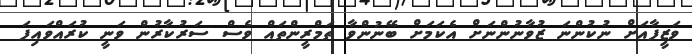
ވަޒީފާއަށް ނުކުންނަ ޒުވާނުންނަށް އެކަމަށް ބޭނުންވާ ތަމްރީންތައް ވެސް ސަރުކާރުން ވަނީ ކުރައްވައިފަ